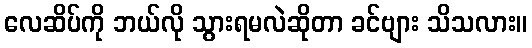
လေဆိပ်ကို ဘယ်လို သွားရမလဲဆိုတာ ခင်ဗျား သိသလား။